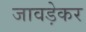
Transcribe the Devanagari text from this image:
जावड़ेकर